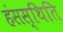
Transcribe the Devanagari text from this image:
हंसस्थिति